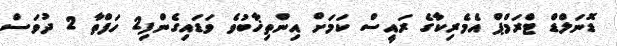
ޑޮނަލްޑް ޓްރަމްޕް އެމެރިކާގެ ރައީސް ކަމަށް އިންތިޚާބުވެ ވަޑައިގެންފި2 ހަފްތާ 2 ދުވަސް